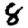
Digit: 8